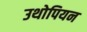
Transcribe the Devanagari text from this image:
उथोपियन